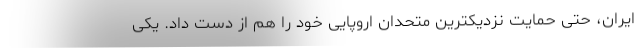
ایران، حتی حمایت نزدیکترین متحدان اروپایی خود را هم از دست داد. یکی